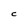
Character: C